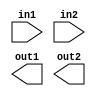
`default_nettype none

module res(

`ifdef USE_POWER_PINS
    input   VDD,
    input   VSS,
`endif
    
    input  in1,
    input  in2,
    output out1,
    output out2

);

endmodule
`default_nettype wire